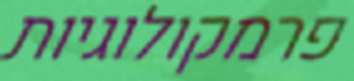
פרמקולוגיות